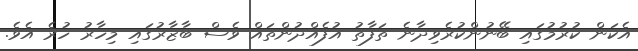
އެކަން ކުރުމުގައި ބޭނުންކުރެވިދާނެ ތަފާތު އުފެއްދުންތައް ވެސް ބާޒާރުގައި މިހާރު ހުރެ އެވެ.